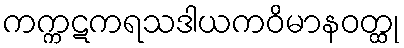
ကက္ကဋကရသဒါယကဝိမာနဝတ္ထု